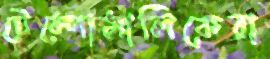
টেম্পোমালিকেরা